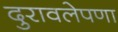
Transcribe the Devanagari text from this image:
दुरावलेपणा